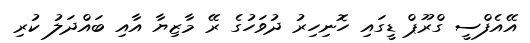
އޭއެފްސީ ގްރޫޕް ޑީގައި ހޮނިހިރު ދުވަހުގެ ރޭ މާޒިޔާ އާއި ބައްދަލު ކުރި